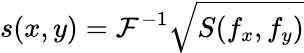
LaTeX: s(x,y)=\mathcal{F}^{-1}{\sqrt{S(f_{x},f_{y})}}